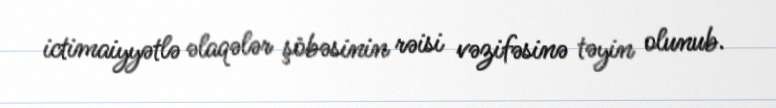
ictimaiyyətlə əlaqələr şöbəsinin rəisi vəzifəsinə təyin olunub.